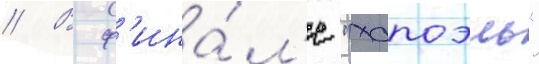
// В ф'ина́л'е "хапоэль"